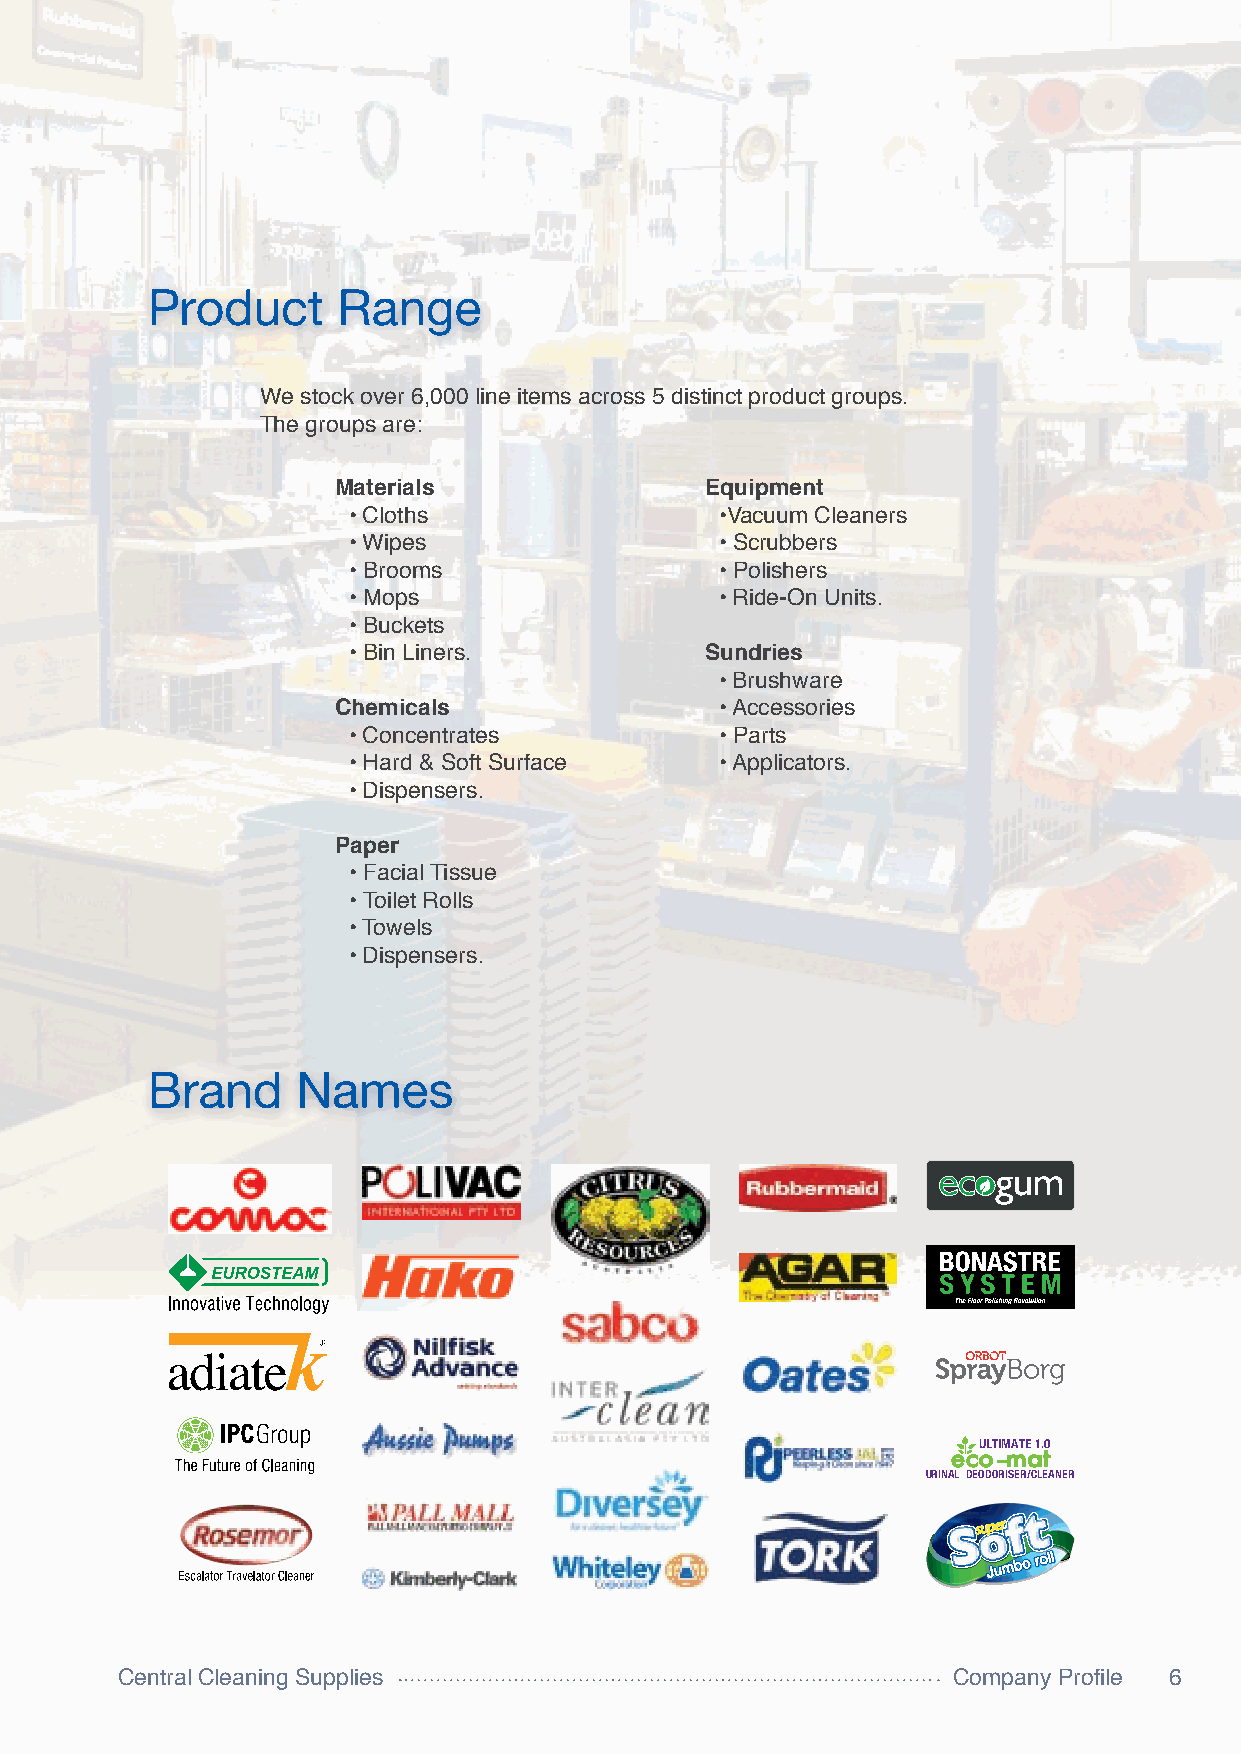
Product     Range
 We stock over 6,000 line items across 5 distinct product groups.
 The groups are:
 Materials                Equipment
 • Cloths                 •Vacuum Cleaners
 • Wipes                  • Scrubbers
 • Brooms                 • Polishers
 • Mops                   • Ride-On Units.
 • Buckets
 • Bin Liners.           Sundries
 • Brushware
 Chemicals                 •Accessories
 • Concentrates           • Parts
 • Hard & Soft Surface    •Applicators.
 • Dispensers.
 Paper
 • Facial Tissue
 •Toilet Rolls
 •Towels
 • Dispensers.
 Brand     Names
 ULTIMATE 1.0
 eco--mat
 URINAL DEODORISER/CLEANER
 Central Cleaning Supplies                              Company Profile 6